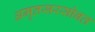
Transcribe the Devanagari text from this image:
अमृतसरसोबत